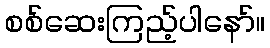
စစ်ဆေးကြည့်ပါနော်။